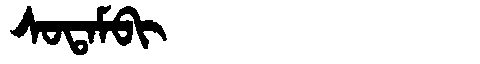
Manchu: ᠰᠣᡨᠠᠮᠪᡳ
Romanization: SOTAMBI